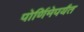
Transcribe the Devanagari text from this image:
पोर्णिमेपर्यंत